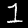
Label: 1